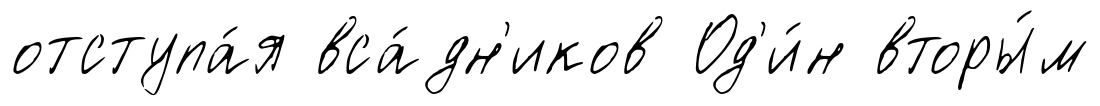
отступа́я вса́дн'иков Од'и́н вторы́м